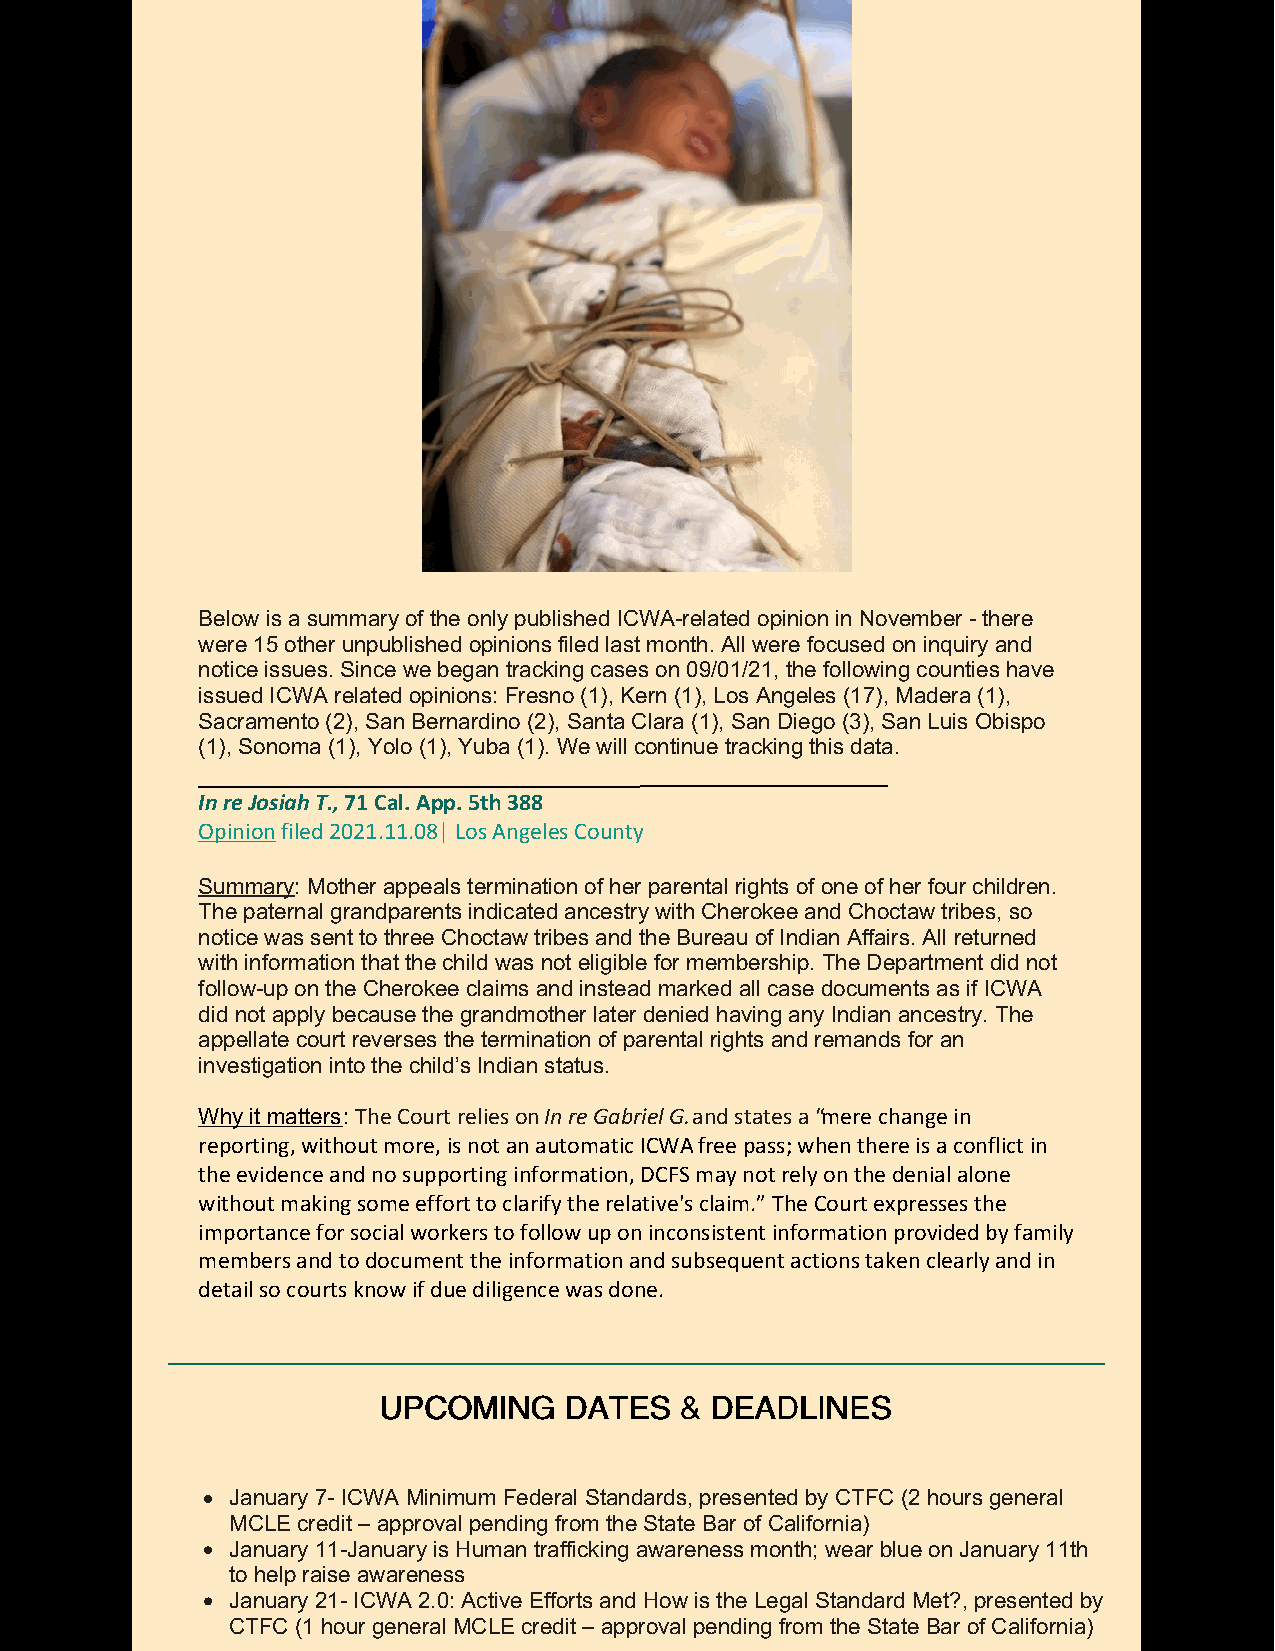
Below is a summary of the only published ICWA-related opinion in November - there
 were 15 other unpublished opinions filed last month. All were focused on inquiry and
 notice issues. Since we began tracking cases on 09/01/21, the following counties have
 issued ICWA related opinions: Fresno (1), Kern (1), Los Angeles (17), Madera (1),
 Sacramento (2), San Bernardino (2), Santa Clara (1), San Diego (3), San Luis Obispo
 (1), Sonoma (1), Yolo (1), Yuba (1). We will continue tracking this data.
 ______________________________________________
 In re Josiah T., 71 Cal. App. 5th 388
 Opinion filed 2021.11.08| Los Angeles County
 Summary: Mother appeals termination of her parental rights of one of her four children.
 The paternal grandparents indicated ancestry with Cherokee and Choctaw tribes, so
 notice was sent to three Choctaw tribes and the Bureau of Indian Affairs. All returned
 with information that the child was not eligible for membership. The Department did not
 follow-up on the Cherokee claims and instead marked all case documents as if ICWA
 did not apply because the grandmother later denied having any Indian ancestry. The
 appellate court reverses the termination of parental rights and remands for an
 investigation into the child’s Indian status.
 Why it matters: The Court relies on In re Gabriel G. and states a “mere change in
 reporting, without more, is not an automatic ICWA free pass; when there is a conflict in
 the evidence and no supporting information, DCFS may not rely on the denial alone
 without making some effort to clarify the relative's claim.” The Court expresses the
 importance for social workers to follow up on inconsistent information provided by family
 members and to document the information and subsequent actions taken clearly and in
 detail so courts know if due diligence was done.
 UUPPCCOOMMIINNGG DDAATTEESS && DDEEAADDLLIINNEESS
 January 7- ICWA Minimum Federal Standards, presented by CTFC (2 hours general
 MCLE credit – approval pending from the State Bar of California)
 January 11-January is Human trafficking awareness month; wear blue on January 11th
 to help raise awareness
 January 21- ICWA 2.0: Active Efforts and How is the Legal Standard Met?, presented by
 CTFC (1 hour general MCLE credit – approval pending from the State Bar of California)